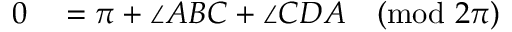
\begin{array} { r l } { 0 } & { { } = \pi + \angle A B C + \angle C D A { \pmod { 2 \pi } } } \end{array}